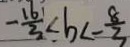
- \frac { 1 6 } { 3 } < b < - \frac { 8 } { 3 }